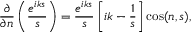
{ \frac { \partial } { \partial n } } \left( { \frac { e ^ { i k s } } { s } } \right) = { \frac { e ^ { i k s } } { s } } \left[ i k - { \frac { 1 } { s } } \right] \cos ( n , s ) ,